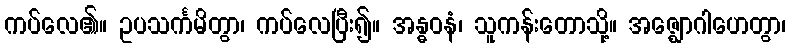
ကပ်လေ၏။ ဥပသင်္ကမိတွာ၊ ကပ်လေပြီး၍။ အန္ဓဝနံ၊ သူကန်းတောသို့။ အဇ္ဈောဂါဟေတွာ၊